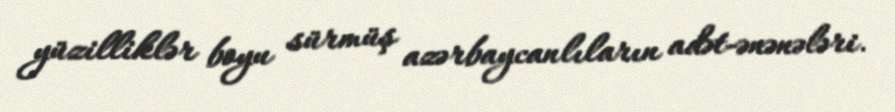
yüzilliklər boyu sürmüş azərbaycanlıların adət-ənənələri.